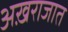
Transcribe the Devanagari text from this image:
अख़राजात